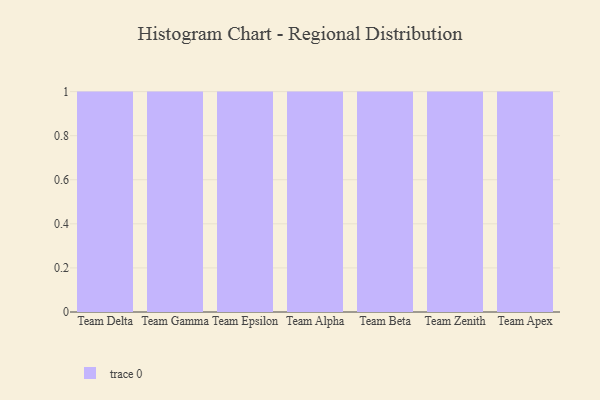
{"axis": {"x": "Team", "y": "Headcount"}, "legend": [""], "data": [{"x": "Team Delta", "y": 11, "type": ""}, {"x": "Team Gamma", "y": 42, "type": ""}, {"x": "Team Epsilon", "y": 20, "type": ""}, {"x": "Team Alpha", "y": 74, "type": ""}, {"x": "Team Beta", "y": 11, "type": ""}, {"x": "Team Zenith", "y": 93, "type": ""}, {"x": "Team Apex", "y": 76, "type": ""}]}